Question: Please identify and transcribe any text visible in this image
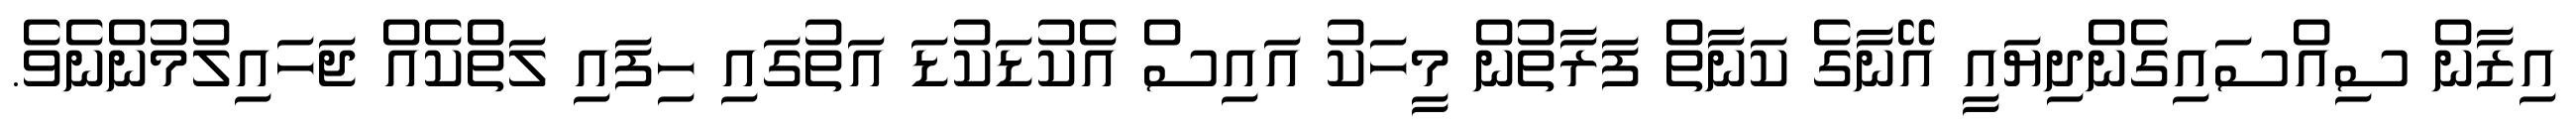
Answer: އިޒާން ސިއްސައިގެންދިޔައީ އޭނާގެ ކަނާތް ފަރާތުން މީހަކު އައިސް އެކުޑަކުޑަ އަތުގައި ހިފައި ލަތްކެއް ޖަހައިލުމުންނެވެ.